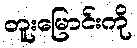
တူးမြောင်းကို